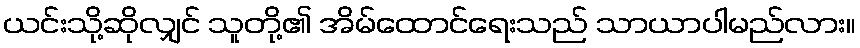
ယင်းသို့ဆိုလျှင် သူတို့၏ အိမ်ထောင်ရေးသည် သာယာပါမည်လား။